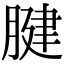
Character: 腱